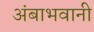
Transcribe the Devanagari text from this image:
अंबाभवानी